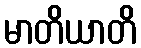
မာတိယာတိ